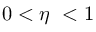
0 < \eta \ < 1